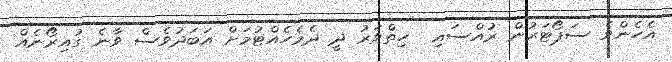
އެހެންވެ ސަޕޯޓަރުން ރުއްސައި  ހިތްވަރު ދީ ދެމެހެއްޓުމަށް އަބަދުވެސް ވާނެ ގުއިރޯނެއް